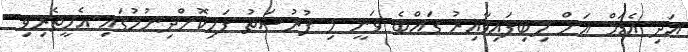
އަދި އެޑަމް އަށް ލިބިފައިވާއިރު ގައްބެ ވަނީ މި ފުރުސަތު ފަހިކޮށްދިނުމުގައި އެހީތެރިވި